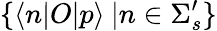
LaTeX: \{ \langle n|O|p\rangle\: |n\in\Sigma_{s}^{\prime}\}